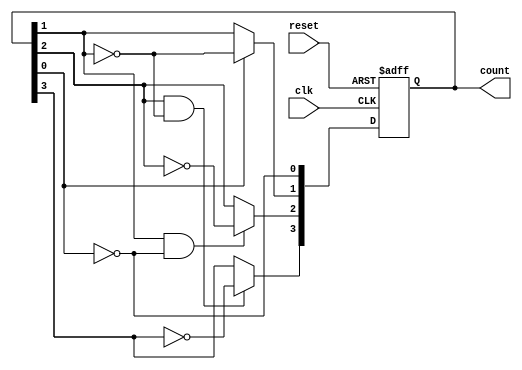
module async_ripple_counter (
    input wire clk,        // Clock input
    input wire reset,      // Asynchronous reset input
    output reg [3:0] count // 4-bit output for the counter
);

// T Flip-Flop behavior
always @(posedge clk or posedge reset) begin
    if (reset) begin
        count <= 4'b0000; // Reset the count to 0
    end else begin
        count[0] <= ~count[0]; // Toggle LSB on every clock pulse
        count[1] <= count[0] ? ~count[1] : count[1]; // Toggle next bit on falling edge of LSB
        count[2] <= (count[1] & ~count[0]) ? ~count[2] : count[2]; // Toggle next bit on falling edge of second bit
        count[3] <= (count[2] & ~count[1]) ? ~count[3] : count[3]; // Toggle next bit on falling edge of third bit
    end
end

endmodule